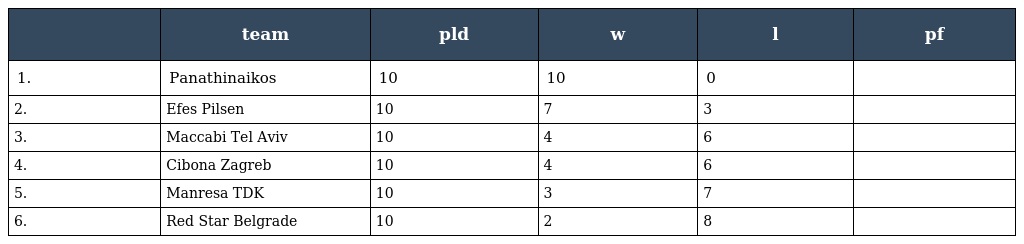
|  | team | pld | w | l | pf |
 | --- | --- | --- | --- | --- | --- |
 | 1. | Panathinaikos | 10 | 10 | 0 |  |
 | 2. | Efes Pilsen | 10 | 7 | 3 |  |
 | 3. | Maccabi Tel Aviv | 10 | 4 | 6 |  |
 | 4. | Cibona Zagreb | 10 | 4 | 6 |  |
 | 5. | Manresa TDK | 10 | 3 | 7 |  |
 | 6. | Red Star Belgrade | 10 | 2 | 8 |  |